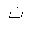
Letter: _tha